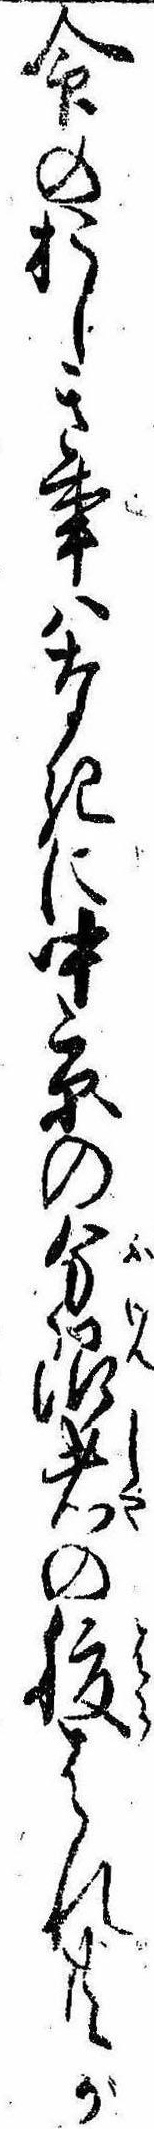
命のおしき事はなきに中京の分限者の腹はれ共が